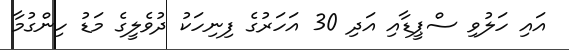
އައި ހަލުވި ސްޕީޑާއި އަދި 30 އަހަރުގެ ފިނިހަކު ދުވެލީގެ މަޑު ހިންގުމާ